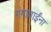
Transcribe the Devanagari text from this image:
गंगाबाईंना